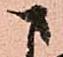
さ